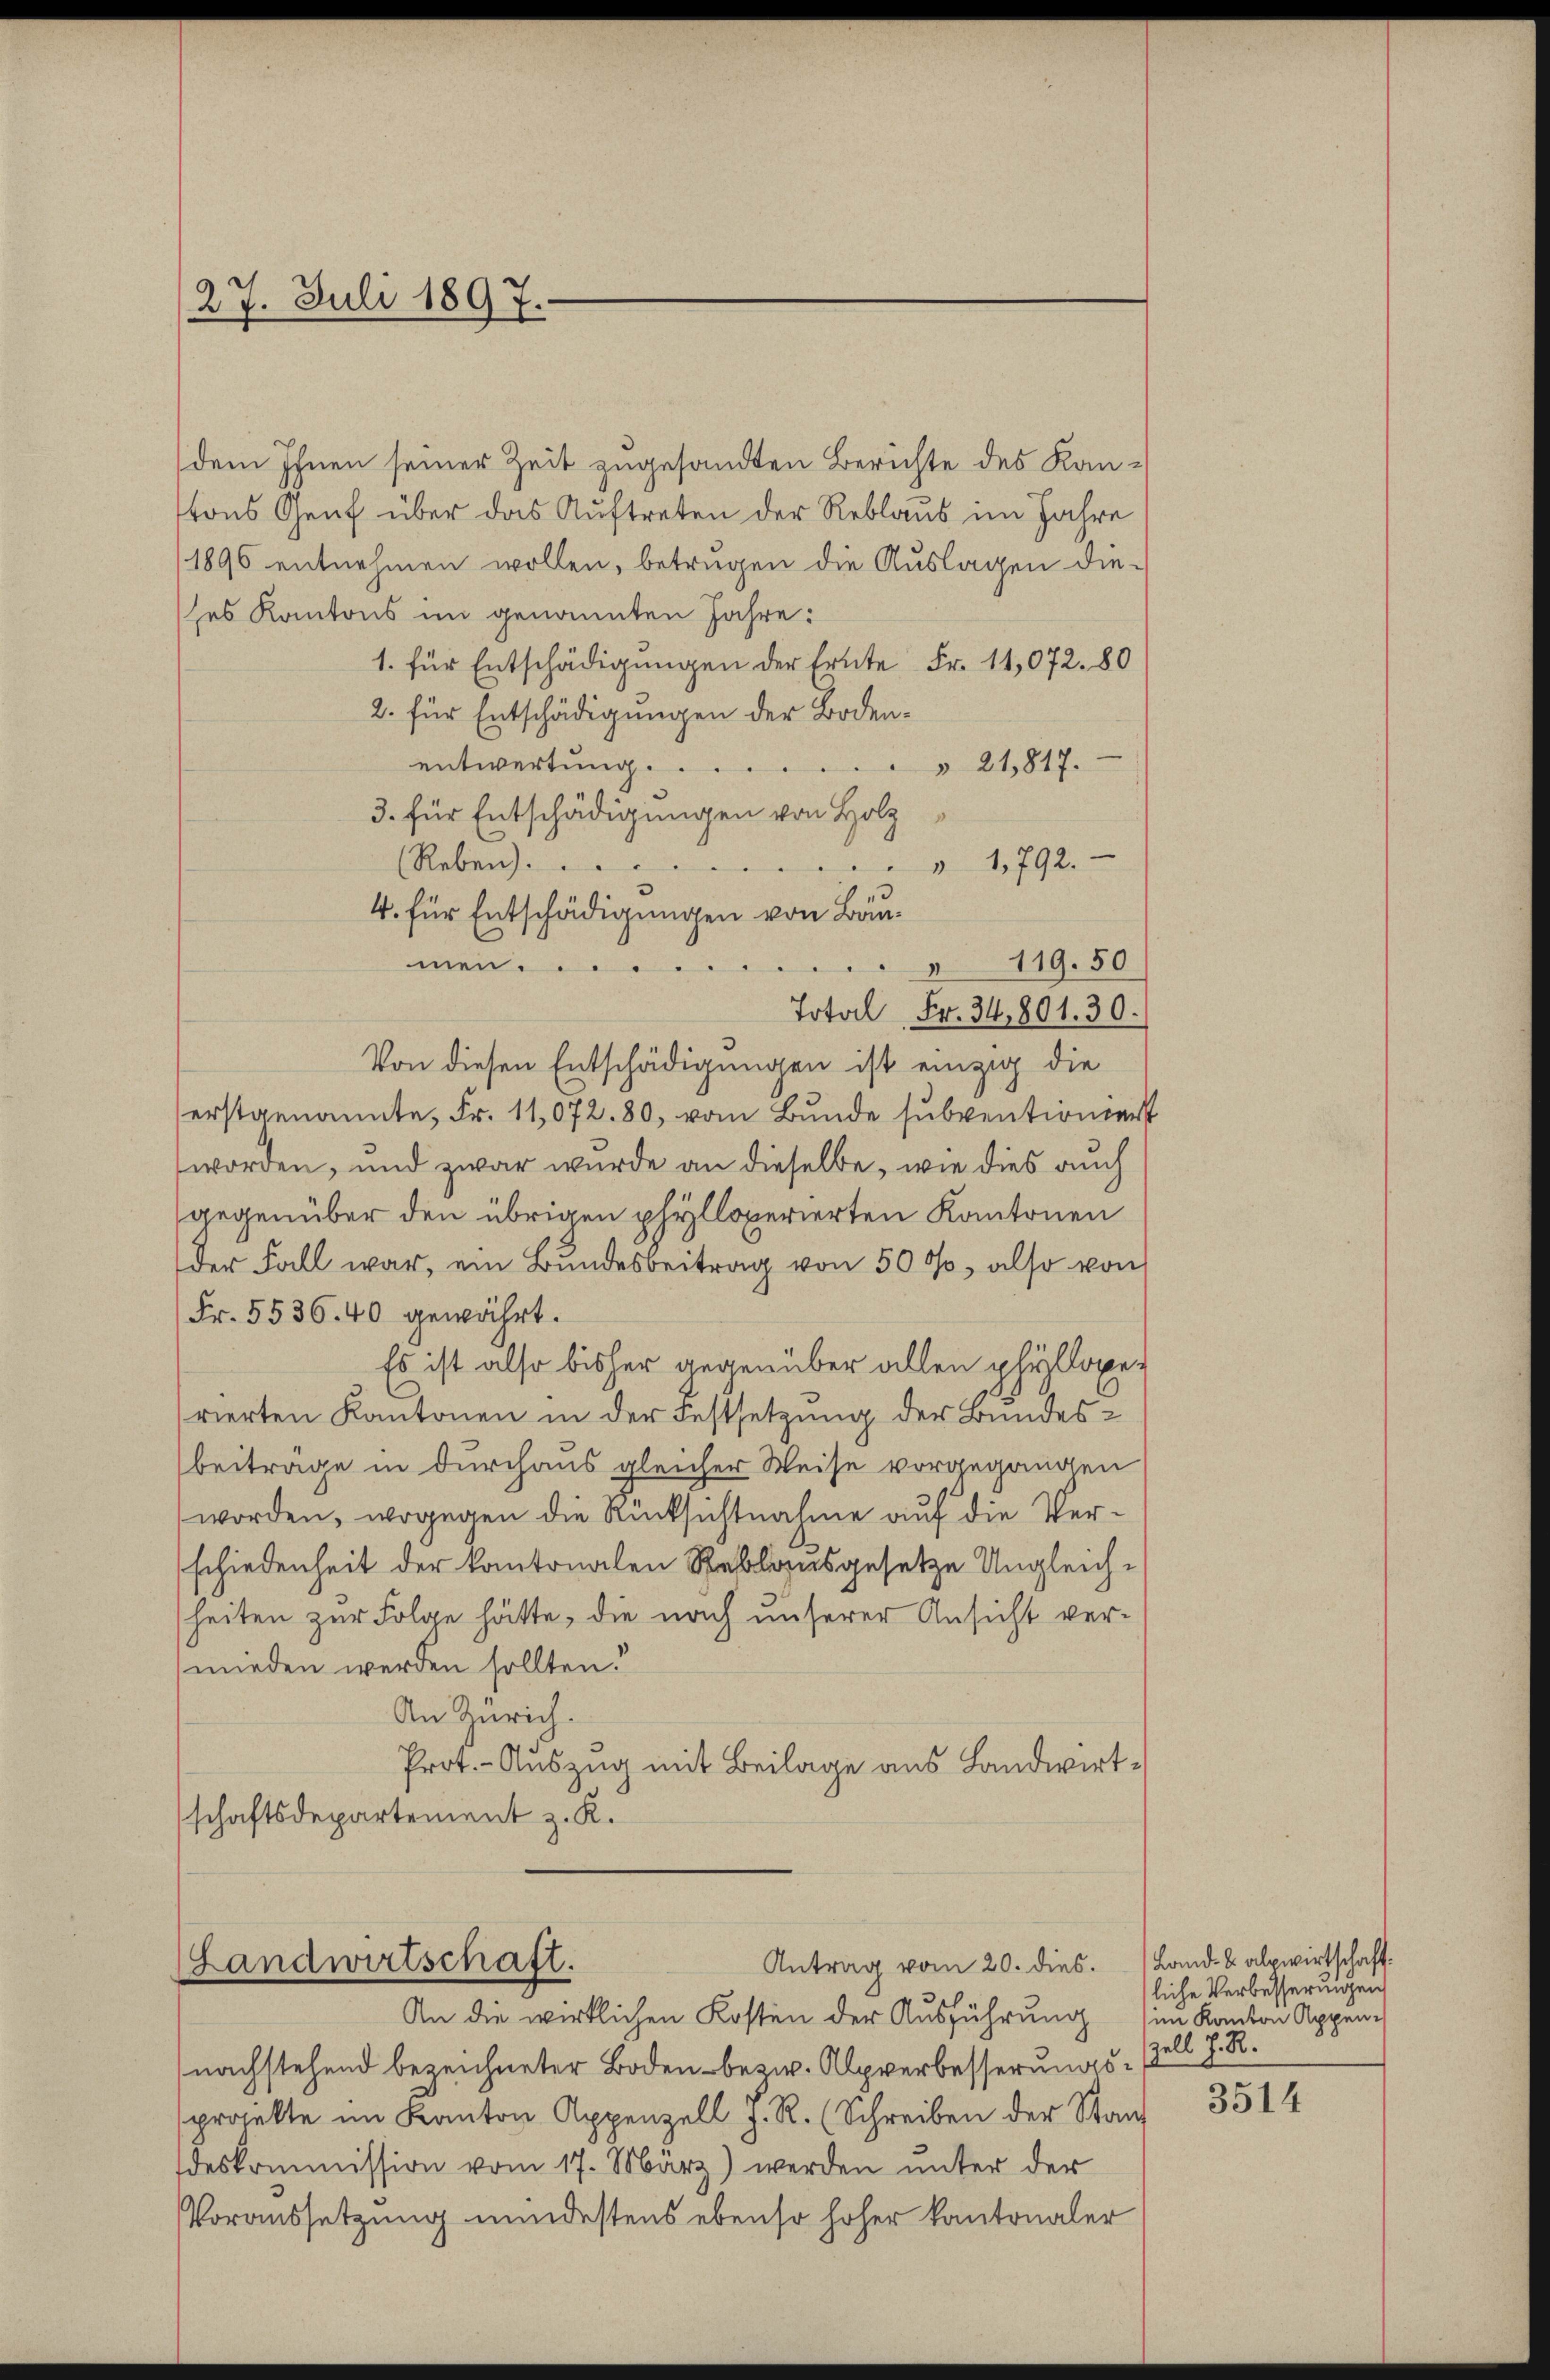
dem Ihnen seiner Zeit zugesandten Berichte des Kantons Genf über das Auftreten der Reblaus im Jahre
1896 entnehmen wollen, betrügen die Auslagen diees Kantons im genannten Jahre:
1. für Entschädigungen der Ernte Fr. 11,072. 80
2. für Entschädigungen der Bodenentwertung. ...
21817.
3. für Entschädigungen von Holz
(Reben.
" 1792.
4. für Entschädigungen von Bau¬
119.50
men...........
Total Fr. 34,801. 30.
Von diesen Entschädigungen ist einzig die
erstgenannte, Fr. 11,072. 80, vom Bunde subventioniert
worden, und zwar wurde an dieselbe, wie dies auch
gegenüber den übrigen phylloperierten Kantonen
der Fall war, ein Bundesbeitrag von 500, also von
Fr. 5536. 40 gewährt.
Es ist also bisher gegenüber allen phylaxerierten Kantonen in der Festsetzung der Bundesbeitrage in durchaus gleicher Weise vorgegangen
worden, wogegen die Rücksichtnahme auf die Verschiedenheit der kantonalen Reblausgesetze Ungleichheiten zur Folge hätte, die nach unserer Ansicht ver-
wieden werden sollten.
An Zürich.
Prot. - Auszug mit Beilage aus Landwirtschaftsdepartement z. K.

27. Juli 1897.

Antrag vom 20. dies.
Landwirtschaft.
An die wirklichen Kosten der Ausführung

nachstehend bezeichneter Boden bezw. Alpverbesserungsprojekte im Kanton Appenzell z. R. (Schreiben der Stan
deskommission vom 17. März) werden unter der
Voraussetzung mindestens ebenso hoher kantonaler

Land- u. alpwirtschaft.
liche Verbesserungen
im Kanton Appen¬
Zell z. R.

3514